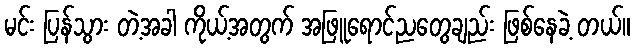
မင်း ပြန်သွား တဲ့အခါ ကိုယ့်အတွက် အဖြူရောင်ညတွေချည်း ဖြစ်နေခဲ့ တယ်။